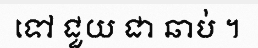
ទៅ ជួយ ជា ឆាប់ ។